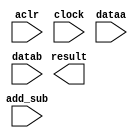
// megafunction wizard: %ALTFP_ADD_SUB%VBB%
// GENERATION: STANDARD
// VERSION: WM1.0
// MODULE: altfp_add_sub 

// ============================================================
// Megafunction Name(s):
// 			altfp_add_sub
//
// Simulation Library Files(s):
// 			lpm
// ============================================================
// ************************************************************
// THIS IS A WIZARD-GENERATED FILE. DO NOT EDIT THIS FILE!
//
// 15.0.0 Build 145 04/22/2015 Patches 0.01we SJ Web Edition
// ************************************************************

//Copyright (C) 1991-2015 Altera Corporation. All rights reserved.
//Your use of Altera Corporation's design tools, logic functions 
//and other software and tools, and its AMPP partner logic 
//functions, and any output files from any of the foregoing 
//(including device programming or simulation files), and any 
//associated documentation or information are expressly subject 
//to the terms and conditions of the Altera Program License 
//Subscription Agreement, the Altera Quartus II License Agreement,
//the Altera MegaCore Function License Agreement, or other 
//applicable license agreement, including, without limitation, 
//that your use is for the sole purpose of programming logic 
//devices manufactured by Altera and sold by Altera or its 
//authorized distributors.  Please refer to the applicable 
//agreement for further details.

module FP_AddSub (
	aclr,
	add_sub,
	clock,
	dataa,
	datab,
	result)/* synthesis synthesis_clearbox = 1 */;

	input	  aclr;
	input	  add_sub;
	input	  clock;
	input	[31:0]  dataa;
	input	[31:0]  datab;
	output	[31:0]  result;

endmodule

// ============================================================
// CNX file retrieval info
// ============================================================
// Retrieval info: PRIVATE: FPM_FORMAT NUMERIC "0"
// Retrieval info: PRIVATE: INTENDED_DEVICE_FAMILY STRING "Cyclone IV GX"
// Retrieval info: PRIVATE: SYNTH_WRAPPER_GEN_POSTFIX STRING "1"
// Retrieval info: PRIVATE: WIDTH_DATA NUMERIC "32"
// Retrieval info: LIBRARY: altera_mf altera_mf.altera_mf_components.all
// Retrieval info: CONSTANT: DENORMAL_SUPPORT STRING "NO"
// Retrieval info: CONSTANT: DIRECTION STRING "VARIABLE"
// Retrieval info: CONSTANT: INTENDED_DEVICE_FAMILY STRING "Cyclone IV GX"
// Retrieval info: CONSTANT: OPTIMIZE STRING "AREA"
// Retrieval info: CONSTANT: PIPELINE NUMERIC "7"
// Retrieval info: CONSTANT: REDUCED_FUNCTIONALITY STRING "NO"
// Retrieval info: CONSTANT: WIDTH_EXP NUMERIC "8"
// Retrieval info: CONSTANT: WIDTH_MAN NUMERIC "23"
// Retrieval info: USED_PORT: aclr 0 0 0 0 INPUT NODEFVAL "aclr"
// Retrieval info: USED_PORT: add_sub 0 0 0 0 INPUT NODEFVAL "add_sub"
// Retrieval info: USED_PORT: clock 0 0 0 0 INPUT NODEFVAL "clock"
// Retrieval info: USED_PORT: dataa 0 0 32 0 INPUT NODEFVAL "dataa[31..0]"
// Retrieval info: USED_PORT: datab 0 0 32 0 INPUT NODEFVAL "datab[31..0]"
// Retrieval info: USED_PORT: result 0 0 32 0 OUTPUT NODEFVAL "result[31..0]"
// Retrieval info: CONNECT: @aclr 0 0 0 0 aclr 0 0 0 0
// Retrieval info: CONNECT: @add_sub 0 0 0 0 add_sub 0 0 0 0
// Retrieval info: CONNECT: @clock 0 0 0 0 clock 0 0 0 0
// Retrieval info: CONNECT: @dataa 0 0 32 0 dataa 0 0 32 0
// Retrieval info: CONNECT: @datab 0 0 32 0 datab 0 0 32 0
// Retrieval info: CONNECT: result 0 0 32 0 @result 0 0 32 0
// Retrieval info: GEN_FILE: TYPE_NORMAL FP_AddSub.v TRUE
// Retrieval info: GEN_FILE: TYPE_NORMAL FP_AddSub.inc TRUE
// Retrieval info: GEN_FILE: TYPE_NORMAL FP_AddSub.cmp TRUE
// Retrieval info: GEN_FILE: TYPE_NORMAL FP_AddSub.bsf TRUE
// Retrieval info: GEN_FILE: TYPE_NORMAL FP_AddSub_inst.v TRUE
// Retrieval info: GEN_FILE: TYPE_NORMAL FP_AddSub_bb.v TRUE
// Retrieval info: GEN_FILE: TYPE_NORMAL FP_AddSub_syn.v TRUE
// Retrieval info: LIB_FILE: lpm